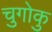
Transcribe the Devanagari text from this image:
चुगोकु